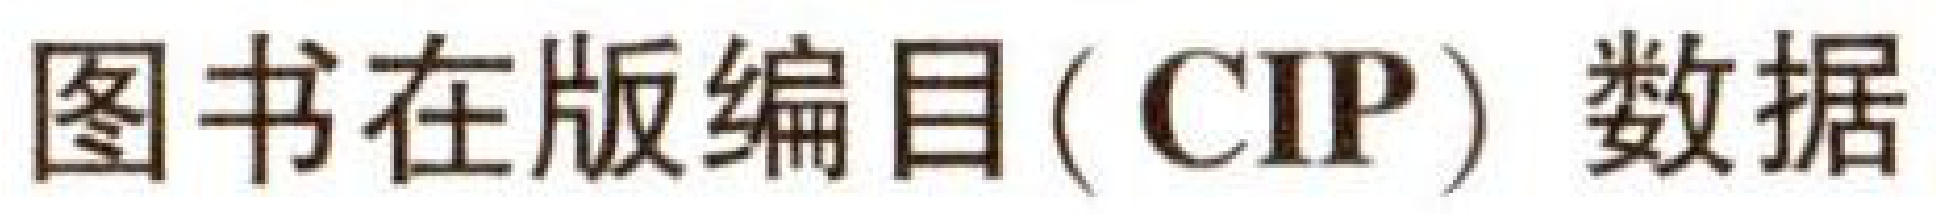
图书在版编目 ( CIP ) 数据